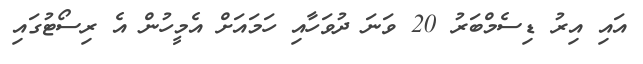
އައި އިރު ޑިސެމްބަރު 20 ވަނަ ދުވަހާއި ހަމައަށް އެމީހުން އެ ރިސޯޓުގައި